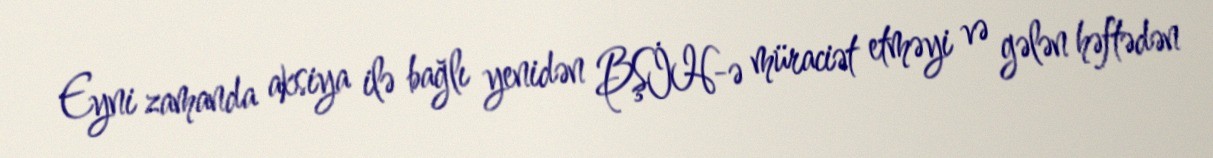
Eyni zamanda aksiya ilə bağlı yenidən BŞİH-ə müraciət etməyi və gələn həftədən